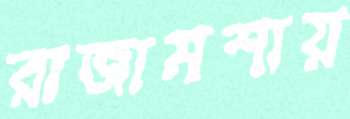
রাজামশায়